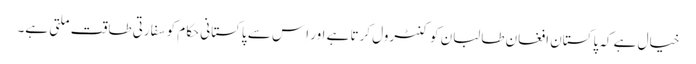
خیال ہے کہ پاکستان افغان طالبان کو کنٹرول کرتا ہے اور اِس سے پاکستانی حکام کو سفارتی طاقت ملتی ہے۔